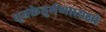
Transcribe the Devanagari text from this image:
धूम्रकेतुर्गणाध्यक्षो